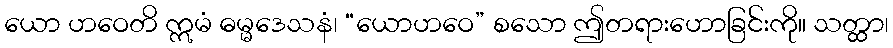
ယော ဟဝေတိ ဣမံ ဓမ္မဒေသနံ၊ “ယောဟဝေ” စသော ဤတရားဟောခြင်းကို။ သတ္ထာ၊